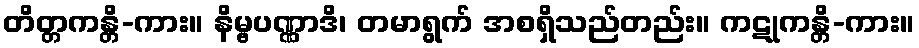
တိတ္တကန္တိ-ကား။ နိမ္ဗပဏ္ဏာဒိ၊ တမာရွက် အစရှိသည်တည်း။ ကဋုကန္တိ-ကား။